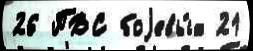
26 ПВС боjевы́х 21